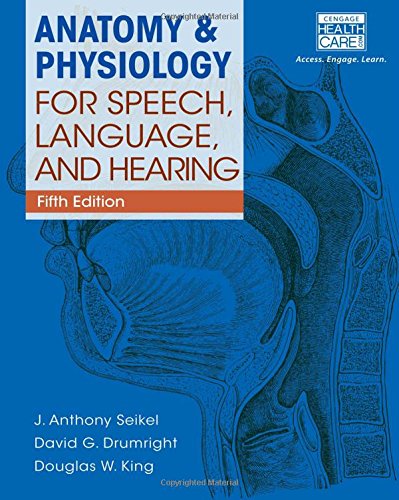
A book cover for Anatomy & Physiology for Speech, Language, and Hearing, 5th (includes Anatesse Software Printed Access Card); J. Anthony Seikel; Medical Books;